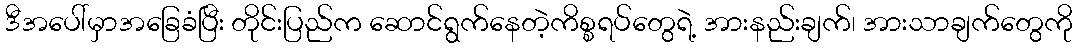
ဒီအပေါ်မှာအခြေခံပြီး တိုင်းပြည်က ဆောင်ရွက်နေတဲ့ကိစ္စရပ်တွေရဲ့ အားနည်းချက်၊ အားသာချက်တွေကို